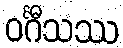
ဝင်္ဂီသဿ